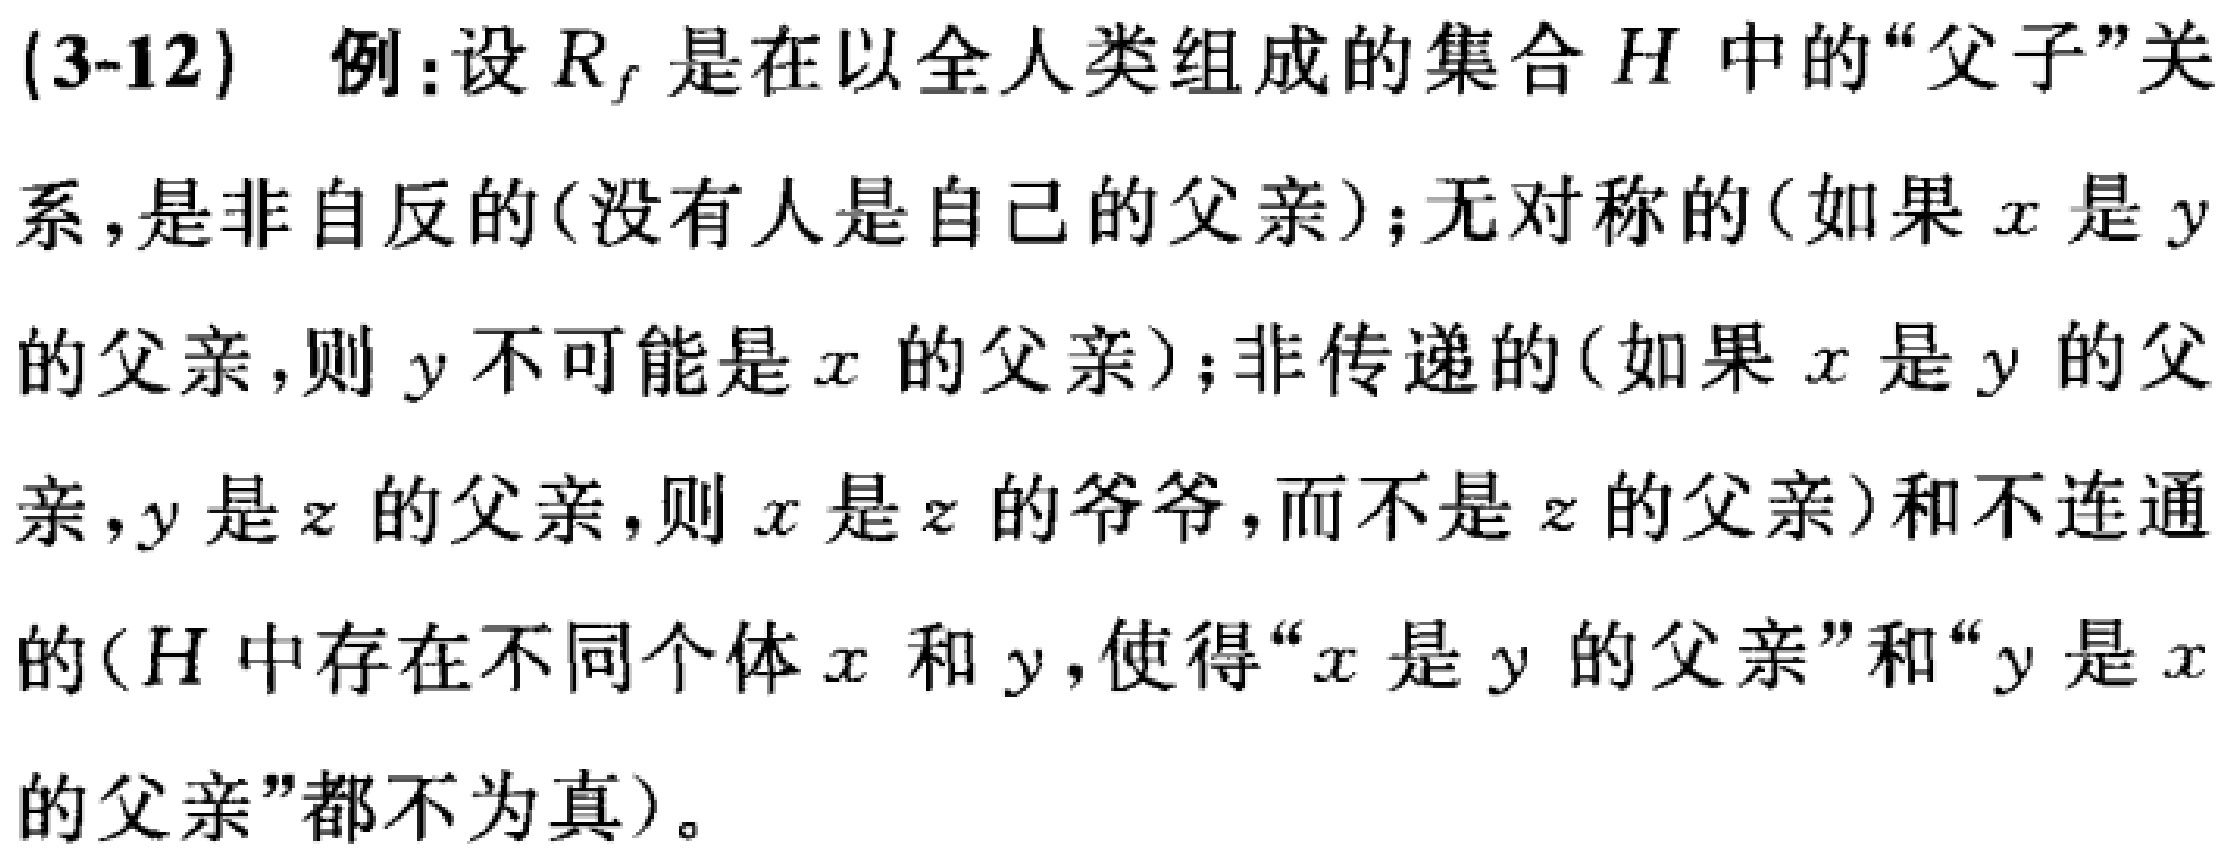
(3-12) 例:设 \(R_f\) 是在以全人类组成的集合 \(H\) 中的“父子”关系，是非自反的(没有人是自己的父亲);无对称的(如果 \(x\) 是 \(y\)的父亲，则 \(y\) 不可能是 \(x\) 的父亲);非传递的(如果 \(x\) 是 \(y\) 的父亲，\(y\) 是 \(z\) 的父亲，则 \(x\) 是 \(z\) 的爷爷，而不是 \(z\) 的父亲)和不连通的(\(H\) 中存在不同个体 \(x\) 和 \(y\)，使得“\(x\) 是 \(y\) 的父亲”和“\(y\) 是 \(x\)的父亲”都不为真)。